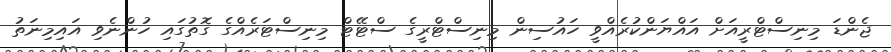
ޖެންޑަ މިނިސްޓްރީއަށް އައްޔަންކުރެއްވީ ހައުސިން މިނިސްޓްރީގެ ސްޓޭޓް މިނިސްޓަރެއްގެ ގޮތުގައި ހުންނެވި އައިމިނަތު